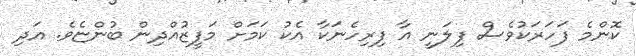
ކޮންމެ ފަހަރަކުވެސް ފިލަނީ އާ ފިރިހެނަކާ އެކު ކަމަށް މަފީޒުއްދިން ބުންޏެވެ. އަދި